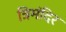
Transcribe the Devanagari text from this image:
त्रिमंदिर